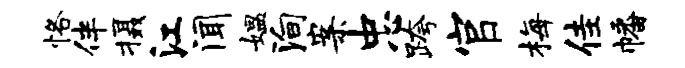
恪伴摄江闻媪殉案忠跨官梅佳幡